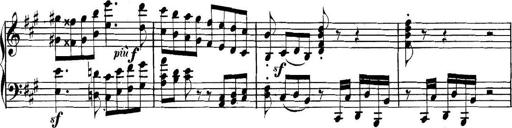
Title: Collected Piano Sonatas
Composer: Muzio Clementi